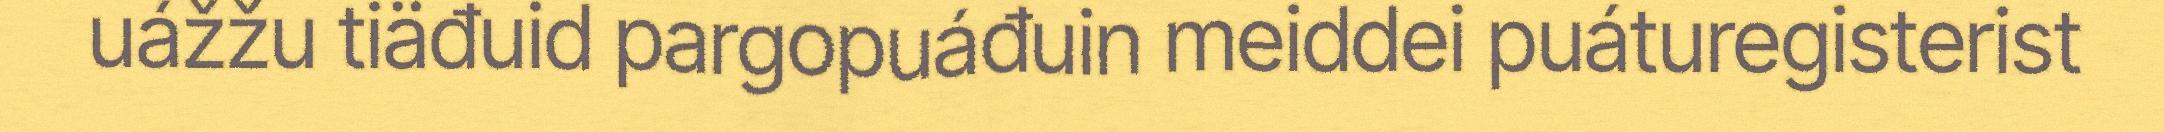
uážžu tiäđuid pargopuáđuin meiddei puáturegisterist